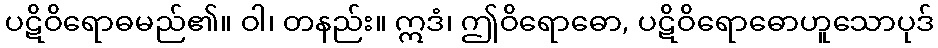
ပဋိဝိရောဓမည်၏။ ဝါ၊ တနည်း။ ဣဒံ၊ ဤဝိရောဓော, ပဋိဝိရောဓောဟူသောပုဒ်